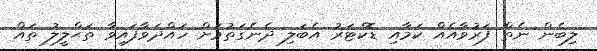
ލިބެން ނެތް ފަރުވާއެއް ކަމާއި ޑޮކްޓަރު އެބަލި ދެނެގަތުމަށް ހައްދަވާފައިވާ ތަޙްލީލު ތައް